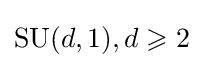
\mathrm {SU} (d,1),d\geqslant 2